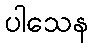
ပါသေန